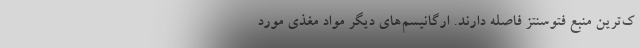
ک‌ترین منبع فتوسنتز فاصله دارند. ارگانیسم‌های دیگر مواد مغذی مورد